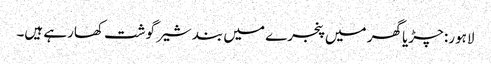
لاہور: چڑیا گھر میں پنجرے میں بند شیر گوشت کھارہے ہیں۔